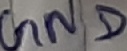
Text: GND